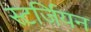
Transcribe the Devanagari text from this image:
स्टर्जियन